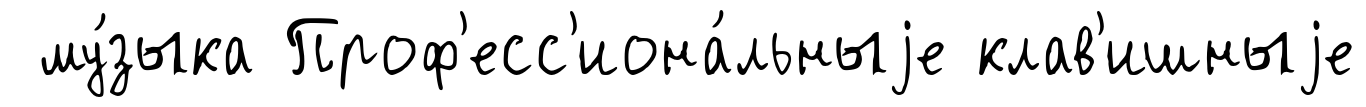
му́зыка Проф'есс'иона́льныjе клав'ишныjе